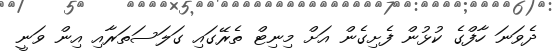
ދެވަނަ ހާފްގެ ކުޅުން ފެށިގެން އަށް މިނިޓް ތެރޭގައި ގަލަސަތަރާއި އިން ވަނީ